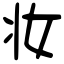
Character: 妆